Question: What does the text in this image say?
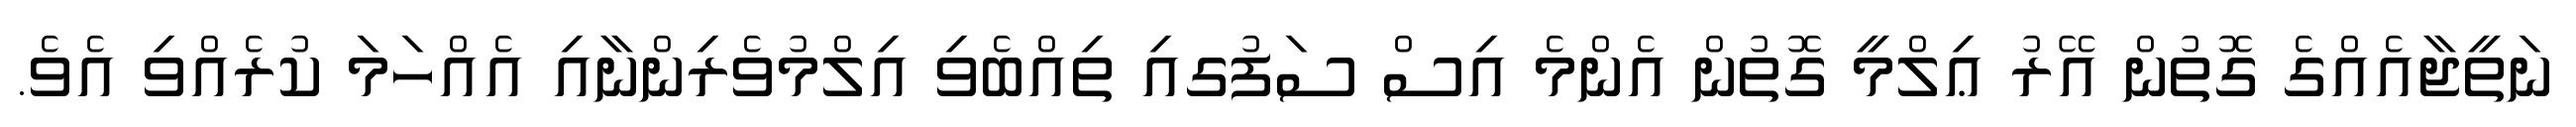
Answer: ނަތީޖާއެއްގެ ގޮތުން އޭރު ޢިލްމީ ގޮތުން އެންމެ އިސް ސަފުގއި ތިއްބެވި އިލްމުވެރިންނާއި އެއްހަމަ ކުރެއްވި އެވެ.